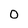
Character: 0